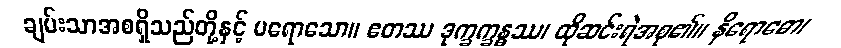
ချမ်းသာအစရှိသည်တို့နှင့် မရောသော။ ဧတဿ ဒုက္ခက္ခန္ဓဿ၊ ထိုဆင်းရဲအစု၏။ နိရောဓော၊